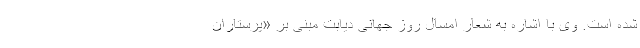
شده است. وی با اشاره به شعار امسال روز جهانی دیابت مبنی بر «پرستاران